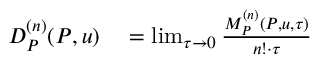
\begin{array} { r l } { D _ { P } ^ { ( n ) } ( P , u ) } & { { } = \operatorname* { l i m } _ { \tau \rightarrow 0 } \frac { M _ { P } ^ { ( n ) } ( P , u , \tau ) } { n ! \cdot \tau } } \end{array}